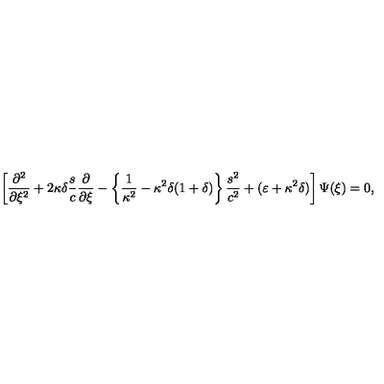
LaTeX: \left[ \frac { \partial ^ { 2 } } { \partial \xi ^ { 2 } } + 2 \kappa \delta \frac { s } { c } \frac { \partial } { \partial \xi } - \left\{ \frac { 1 } { \kappa ^ { 2 } } - \kappa ^ { 2 } \delta ( 1 + \delta ) \right\} \frac { s ^ { 2 } } { c ^ { 2 } } + ( \varepsilon + \kappa ^ { 2 } \delta ) \right] \Psi ( \xi ) = 0 ,